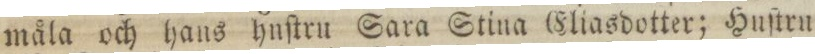
måla och hans hnſtru Sara Stina Eliasdotter; Huſtru